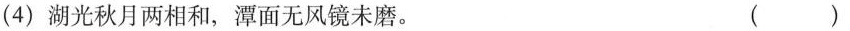
(4)湖光秋月两相和，潭面无风镜未磨。 ()